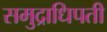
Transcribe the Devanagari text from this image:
समुद्राधिपती